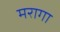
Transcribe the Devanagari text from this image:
मरागा